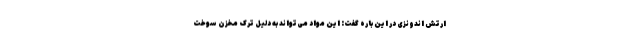
ارتش اندونزی در این باره گفت: این مواد می‌تواند به دلیل ترک مخزن سوخت